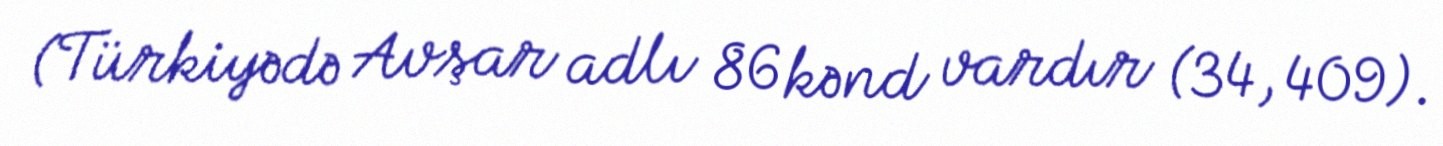
(Türkiyədə Avşar adlı 86 kənd vardır (34, 409).